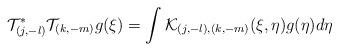
LaTeX: \begin{align*}\mathcal{T}^*_{(j,-l)}\mathcal{T}_{(k,-m)}g(\xi)=\int \mathcal{K}_{(j,-l),(k,-m)}(\xi,\eta)g(\eta)d\eta\end{align*}